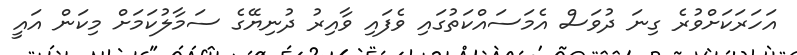
އަހަރަކަށްވުރެ ގިނަ ދުވަަސް އެމަސައްކަތުގައި ވެފައި ވާއިރު ދުނިޔޭގެ ސަމާލުކަމަށް މިކަން އައީ